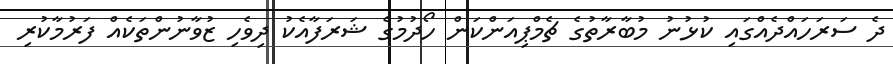
ދެ ސަރަހައްދެއްގައި ކުޅުނު މުބާރާތުގެ ޗެމްޕިއަންކަން ހޯދުމުގެ ޝަރަފާއެކު ދިވެހި ޒުވާނުންތަކެއް ފަރުމާކުރި